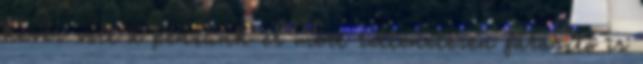
kevés volt a pénzünk és mert rettenetesen fárasztó is